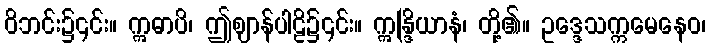
ဝိဘင်း၌၎င်း။ ဣဓာပိ၊ ဤဈာန်ပါဠိ၌၎င်း။ ဣန္ဒြိယာနံ၊ တို့၏။ ဥဒ္ဒေသက္ကမေနေဝ၊